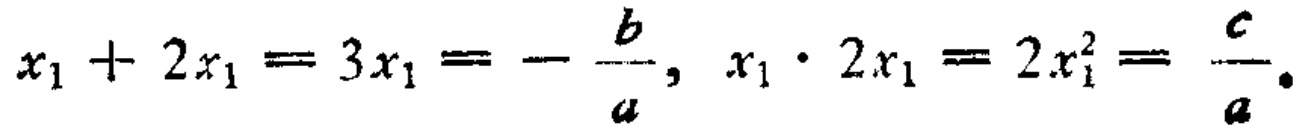
\(x_{1}+2x_{1}=3x_{1}=-\frac{b}{a},\ x_{1}\cdot2x_{1}=2x_{1}^{2}=\frac{c}{a}.\)